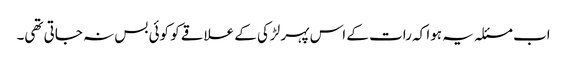
اب مسئلہ یہ ہوا کہ رات کے اس پہر لڑکی کے علاقے کو کوئی بس نہ جاتی تھی۔